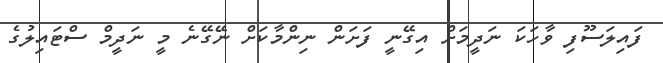
ފައިލަސޫފި ވާހަކަ ނަދީމަށް އިގޭނީ ފަށަން ނިންމާކަށް ނޭގޭނެ މީ ނަދީމް ސްޓައިލުގެ